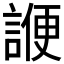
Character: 𬢷